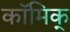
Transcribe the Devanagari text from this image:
कॉमिक्